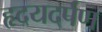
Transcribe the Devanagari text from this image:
हृदयदर्पण